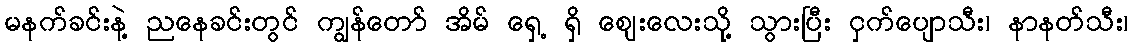
မနက်ခင်းနဲ့ ညနေခင်းတွင် ကျွန်တော် အိမ် ရှေ့ ရှိ ဈေးလေးသို့ သွားပြီး ငှက်ပျောသီး၊ နာနတ်သီး၊